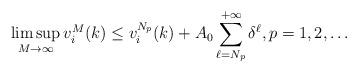
LaTeX: \begin{align*}\limsup\limits_{M\rightarrow\infty}v_i^M(k)\leq v_i^{N_p}(k)+A_0\sum\limits_{\ell=N_p }^{+\infty}\delta^{\ell},p=1,2,\ldots\end{align*}